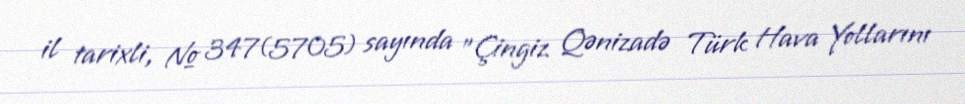
il tarixli, № 347(5705) sayında "Çingiz Qənizadə Türk Hava Yollarını